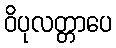
ဝိပုလတ္တာပေ